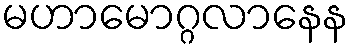
မဟာမောဂ္ဂလာနေန